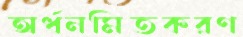
অর্ধনমিতকরণ